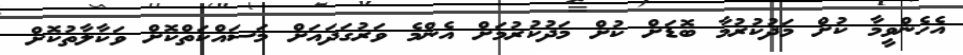
އެހެންވީމާ ކުށް މަދުކުރުމާ ބޮޑަށް ކުށް މަދުކުރުމަށް އެންމެ ވަރުގަދައަށް މަސައްކަތްކޮށް ވަކާލާތުކޮށް